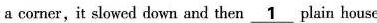
a corner,it slowed down and then \underline{1} plain house